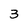
Character: 3